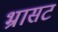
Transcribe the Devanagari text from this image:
भ्रासट